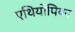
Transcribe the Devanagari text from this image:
एथियोपियन